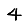
Digit: 4